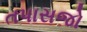
તપાસજો